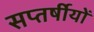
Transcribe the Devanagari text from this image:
सप्तर्षीयों